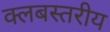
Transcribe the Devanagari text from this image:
क्लबस्तरीय